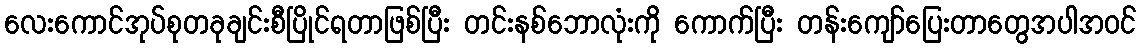
လေးကောင်အုပ်စုတခုချင်းစီပြိုင်ရတာဖြစ်ပြီး တင်းနစ်ဘောလုံးကို ကောက်ပြီး တန်းကျော်ပြေးတာတွေအပါအဝင်